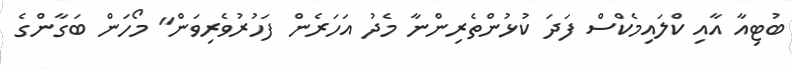
ބުޓިއާ އާއި ކްލައިމެކްސް ފަދަ ކުޅުންތެރިންނާ މެދު އަހަރެން ފަހުރުވެރިވަން" މޯހަން ބަގާންގެ